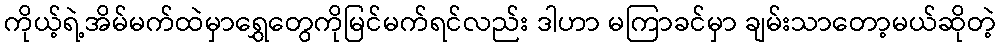
ကိုယ့်ရဲ့အိမ်မက်ထဲမှာရွှေတွေကိုမြင်မက်ရင်လည်း ဒါဟာ မကြာခင်မှာ ချမ်းသာတော့မယ်ဆိုတဲ့